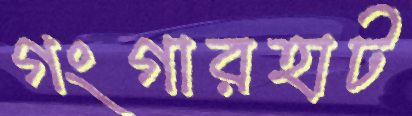
গংগারহাট